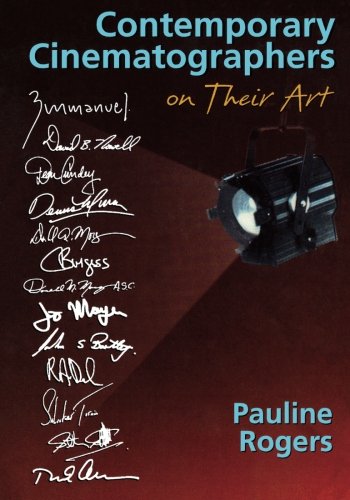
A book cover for Contemporary Cinematographers on Their Art; Pauline B Rogers; Humor & Entertainment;